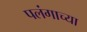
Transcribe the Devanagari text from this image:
पलंगाच्या